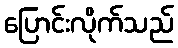
ပြောင်းလိုက်သည်